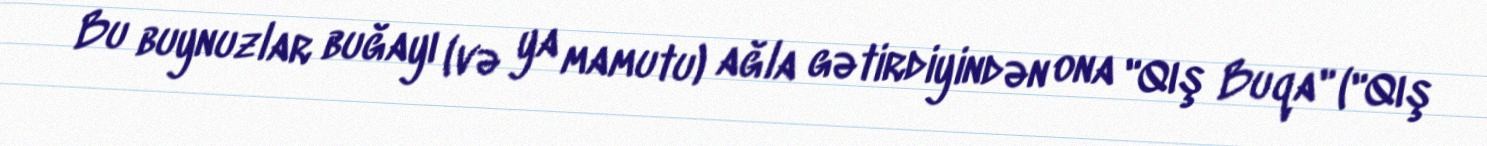
Bu buynuzlar buğayı (və ya mamutu) ağla gətirdiyindən ona "Qış Buqa" ("Qış